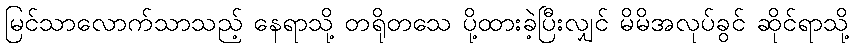
မြင်သာလောက်သာသည့် နေရာသို့ တရိုတသေ ပို့ထားခဲ့ပြီးလျှင် မိမိအလုပ်ခွင် ဆိုင်ရာသို့